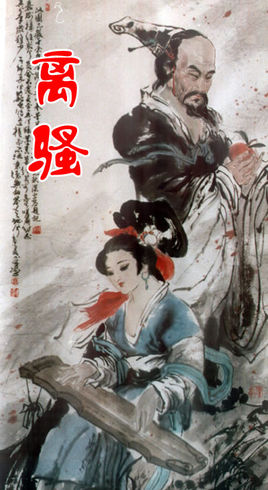
惟草木之零落兮，恐美人之迟暮。